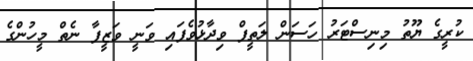
ކުރީގެ ޔޫތު މިނިސްޓަރު ހަސަން ލަތީފް ވިދާޅުވެފައި ވަނީ ވަޒީފާ ނެތް މީހުންގެ